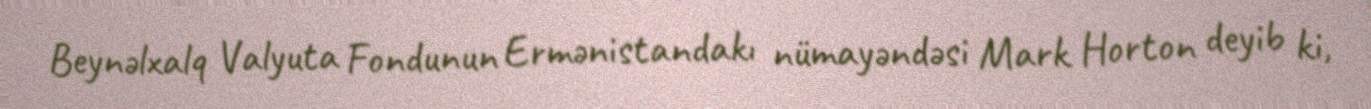
Beynəlxalq Valyuta Fondunun Ermənistandakı nümayəndəsi Mark Horton deyib ki,